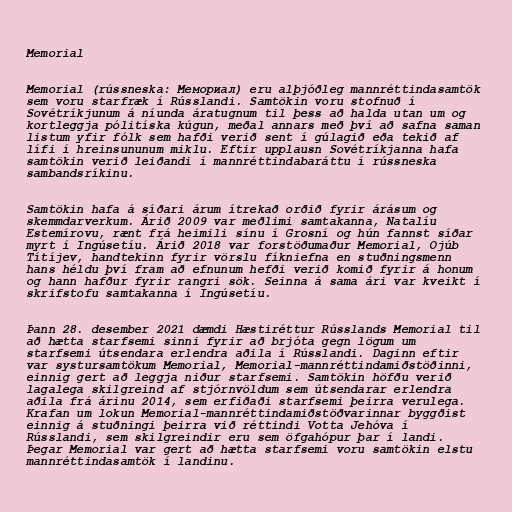
Memorial

Memorial (rússneska: Мемориал) eru alþjóðleg mannréttindasamtök
sem voru starfræk í Rússlandi. Samtökin voru stofnuð í
Sovétríkjunum á níunda áratugnum til þess að halda utan um og
kortleggja pólitíska kúgun, meðal annars með því að safna saman
listum yfir fólk sem hafði verið sent í gúlagið eða tekið af
lífi í hreinsununum miklu. Eftir upplausn Sovétríkjanna hafa
samtökin verið leiðandi í mannréttindabaráttu í rússneska
sambandsríkinu.

Samtökin hafa á síðari árum ítrekað orðið fyrir árásum og
skemmdarverkum. Árið 2009 var meðlimi samtakanna, Natalíu
Estemírovu, rænt frá heimili sínu í Grosní og hún fannst síðar
myrt í Ingúsetíu. Árið 2018 var forstöðumaður Memorial, Ojúb
Títíjev, handtekinn fyrir vörslu fíkniefna en stuðningsmenn
hans héldu því fram að efnunum hefði verið komið fyrir á honum
og hann hafður fyrir rangri sök. Seinna á sama ári var kveikt í
skrifstofu samtakanna í Ingúsetíu.

Þann 28. desember 2021 dæmdi Hæstiréttur Rússlands Memorial til
að hætta starfsemi sinni fyrir að brjóta gegn lögum um
starfsemi útsendara erlendra aðila í Rússlandi. Daginn eftir
var systursamtökum Memorial, Memorial-mannréttindamiðstöðinni,
einnig gert að leggja niður starfsemi. Samtökin höfðu verið
lagalega skilgreind af stjórnvöldum sem útsendarar erlendra
aðila frá árinu 2014, sem erfiðaði starfsemi þeirra verulega.
Krafan um lokun Memorial-mannréttindamiðstöðvarinnar byggðist
einnig á stuðningi þeirra við réttindi Votta Jehóva í
Rússlandi, sem skilgreindir eru sem öfgahópur þar í landi.
Þegar Memorial var gert að hætta starfsemi voru samtökin elstu
mannréttindasamtök í landinu.